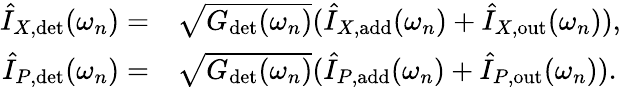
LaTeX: \begin{array}{rl}{\hat{I}_{X,\mathrm{det}}(\omega_{n})=}&{\sqrt{G_{\mathrm{det}}(\omega_{n})}(\hat{I}_{X,\mathrm{add}}(\omega_{n})+\hat{I}_{X,\mathrm{out}}(\omega_{n})),}\\ {\hat{I}_{P,\mathrm{det}}(\omega_{n})=}&{\sqrt{G_{\mathrm{det}}(\omega_{n})}(\hat{I}_{P,\mathrm{add}}(\omega_{n})+\hat{I}_{P,\mathrm{out}}(\omega_{n})).}\end{array}